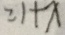
= 1 + x